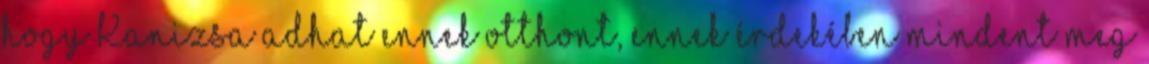
hogy Kanizsa adhat ennek otthont, ennek érdekében mindent meg